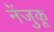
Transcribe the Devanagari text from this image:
नेंजुकू